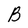
Character: B